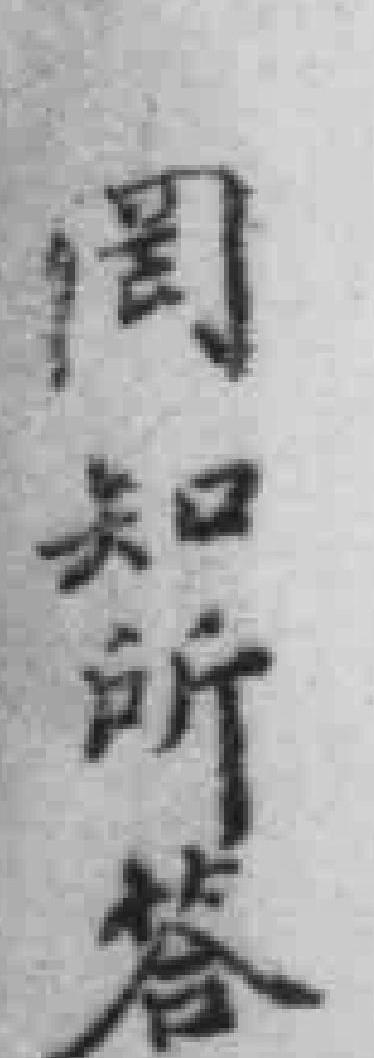
罔知所答